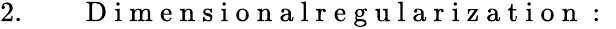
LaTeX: \begin{array}{rlr}{2.}&{{}}&{\mathrm{~D~i~m~e~n~s~i~o~n~a~l~r~e~g~u~l~a~r~i~z~a~t~i~o~n~:~}}\end{array}